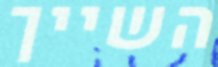
השייך